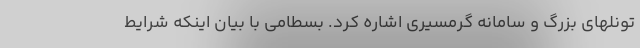
تونلهای بزرگ و سامانه گرمسیری اشاره کرد. بسطامی با بیان اینکه شرایط